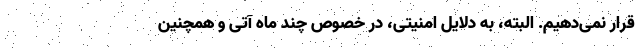
قرار نمی‌دهیم. البته، به دلایل امنیتی، در خصوص چند ماه آتی و همچنین